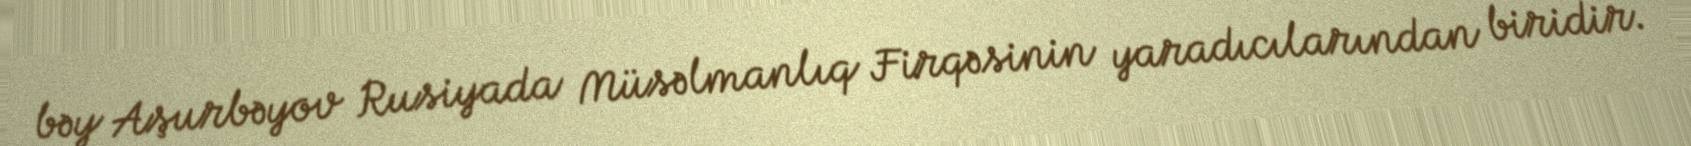
bəy Aşurbəyov Rusiyada Müsəlmanlıq Firqəsinin yaradıcılarından biridir.